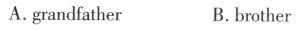
A.grandfather B.brother